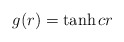
\begin{align*}g(r)=\tanh{cr}\end{align*}